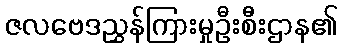
ဇလဗေဒညွှန်ကြားမှုဦးစီးဌာန၏